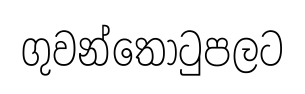
ගුවන්තොටුපලට